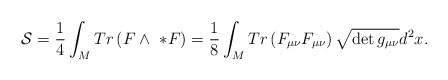
\begin{align*}{\cal S} = \frac{1}{4}\int_{M} Tr \left( F \wedge \ *F \right)= \frac{1}{8}\int_{M} Tr \left( F_{\mu \nu} F_{\mu \nu} \right) \sqrt{ \det g_{\mu \nu}} d^{2}x.\end{align*}